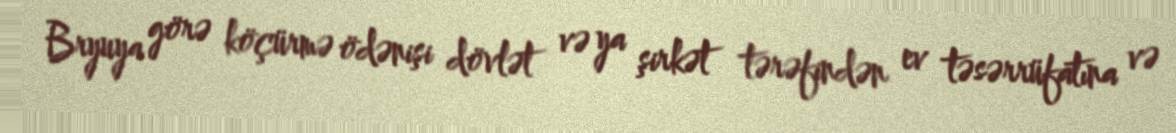
Bryuya görə köçürmə ödənişi dövlət və ya şirkət tərəfindən ev təsərrüfatına və